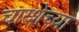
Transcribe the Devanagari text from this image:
चारशेच्या